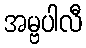
အမ္ဗပါလီ